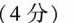
(4分)